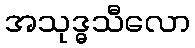
အသုဒ္ဓသီလော